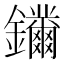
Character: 𨰛